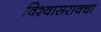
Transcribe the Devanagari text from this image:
विश्वासरावचा